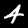
Label: 4